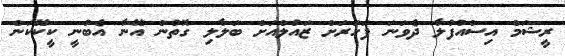
ރީޝަމް އިސްއުފުލާ ދެވަނަ ފަހަރަށް ޒައުލްއަށް ބަލާލި ގޮތުން އޭނާ އެބުނީ ކީކޭކަން